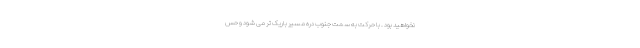
نخواهید بود . با حرکت به سمت جنوب دره مسیر باریک ‌تر می شود و حس